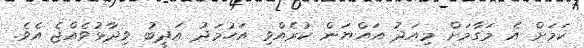
ކަމަށް އެ މަގާމަށް މިއަދު އައްޔަން ކުރެއްވި އަހުމަދު އަދީބު ވިދާޅުވެއްޖެ އެވެ.